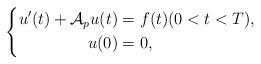
LaTeX: \begin{align*}\left\{\begin{aligned} u^{\prime} (t) + \mathcal{A}_p u(t) &= f(t) (0 < t < T), \\ u(0) &= 0,\end{aligned}\right.\end{align*}